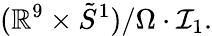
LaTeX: (\mathbb{R}^{9}\times\tilde{{S}}^{1})/\Omega\cdot{\mathcal{I}}_{1}.